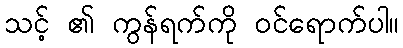
သင့် ၏ ကွန်ရက်ကို ဝင်ရောက်ပါ။